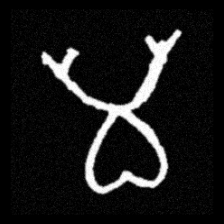
Pyu character \u2014 Myanmar letter: မ (romanized: ma)